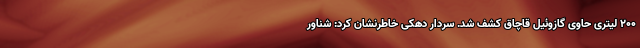
200 لیتری حاوی گازوئیل قاچاق کشف شد. سردار دهکی خاطرنشان کرد: شناور